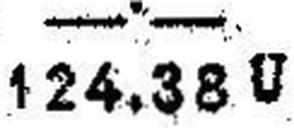
124.38 U